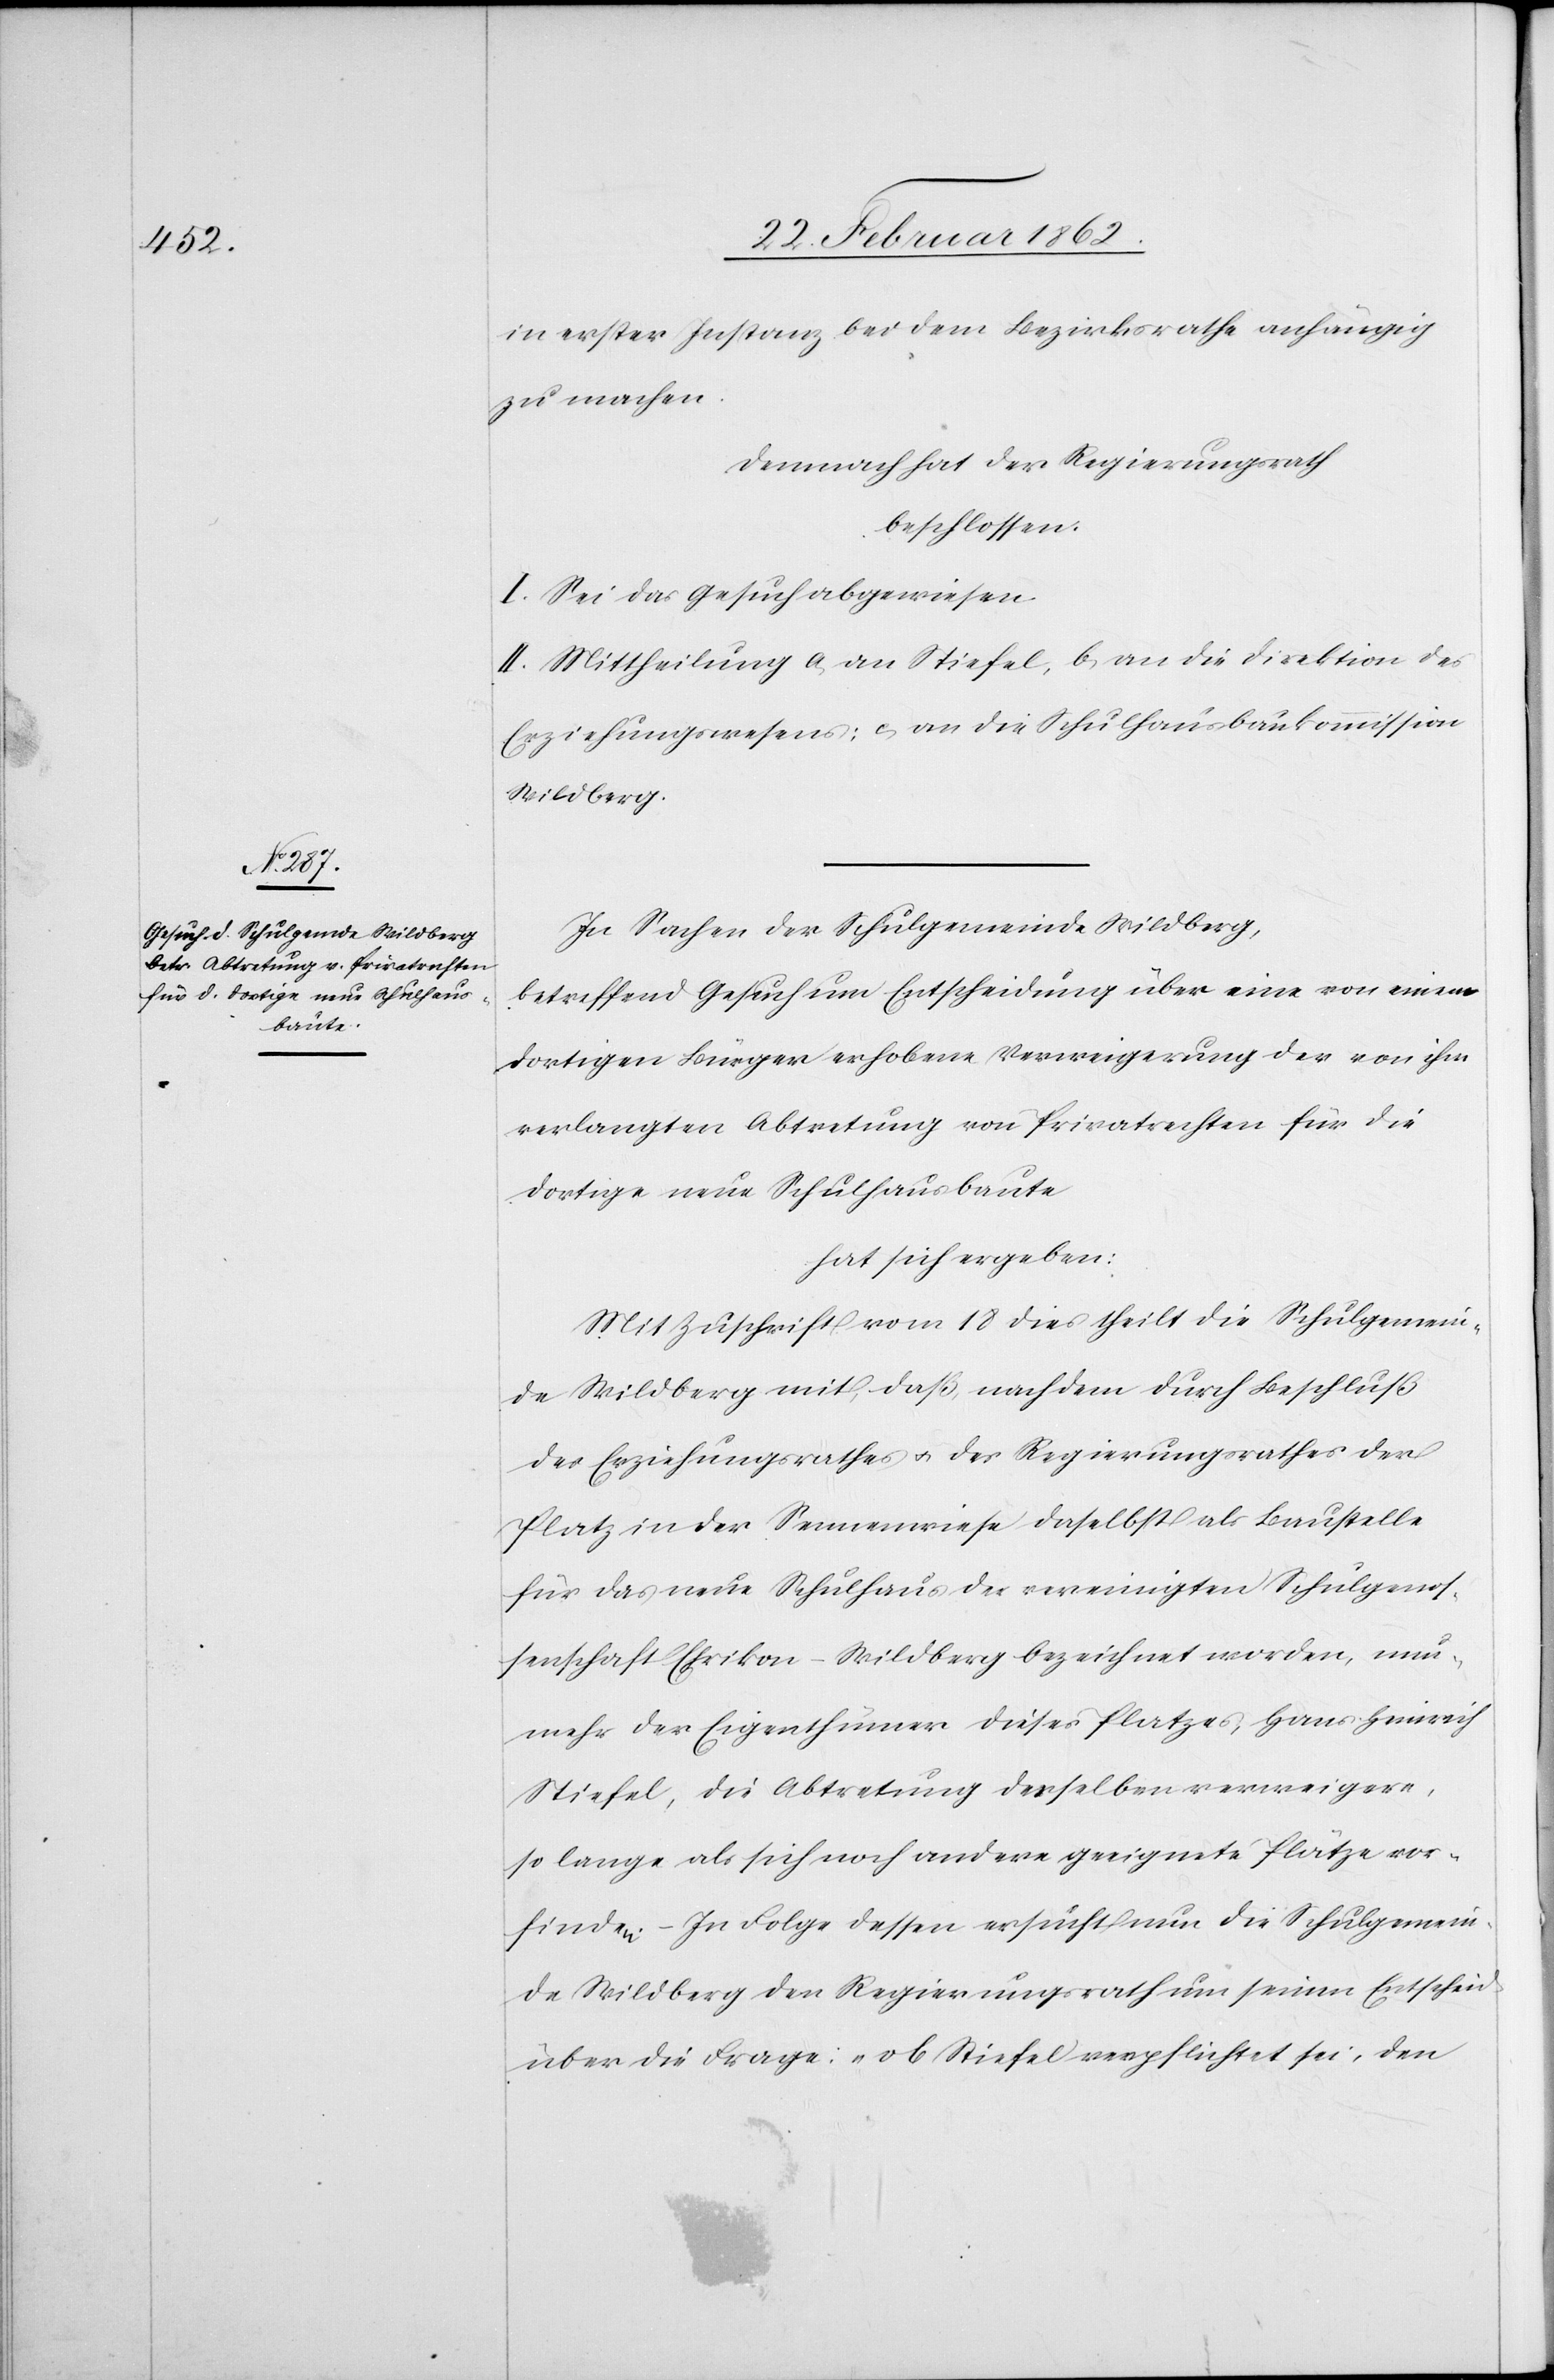
in erster Instanz bei dem Bezirksrathe anhängig
zu machen.
Demnach hat der Regierungsrath
beschlossen:
I. Sei das Gesuch abgewiesen.
II. Mittheilung a) an Stiefel, b) an die Direktion des
Erziehungswesens; c) an die Schulhausbaukommission
Wildberg.
In Sachen der Schulgemeinde Wildberg,
betreffend Gesuch um Entscheidung über eine von einem
dortigen Bürger erhobene Verweigerung der von ihm
verlangten Abtretung von Privatrechten für die
dortige neue Schulhausbaute
hat sich ergeben:
Mit Zuschrift vom 18 dies theit die Schulgemein¬
de Wildberg mit, daß, nachdem durch Beschluß
des Erziehungsrathes u. des Regierungsrathes der
Platz in der Sennenwiese daselbst als Baustelle
für das neue Schulhaus der vereinigten Schulgenos¬
senschaft Ehrikon-Wildberg bezeichnet worden, nun¬
mehr der Eigenthümer dieses Platzes, Hans Heinrich
Stiefel, die Abtretung desselben verweigere,
so lange als sich noch andere geeignete Plätze vor¬
finden. – In Folge dessen ersucht nun die Schulgemein¬
de Wildberg den Regierungsrath um seinen Entscheid
über die Frage: „ob Stiefel verpflichtet sei, den